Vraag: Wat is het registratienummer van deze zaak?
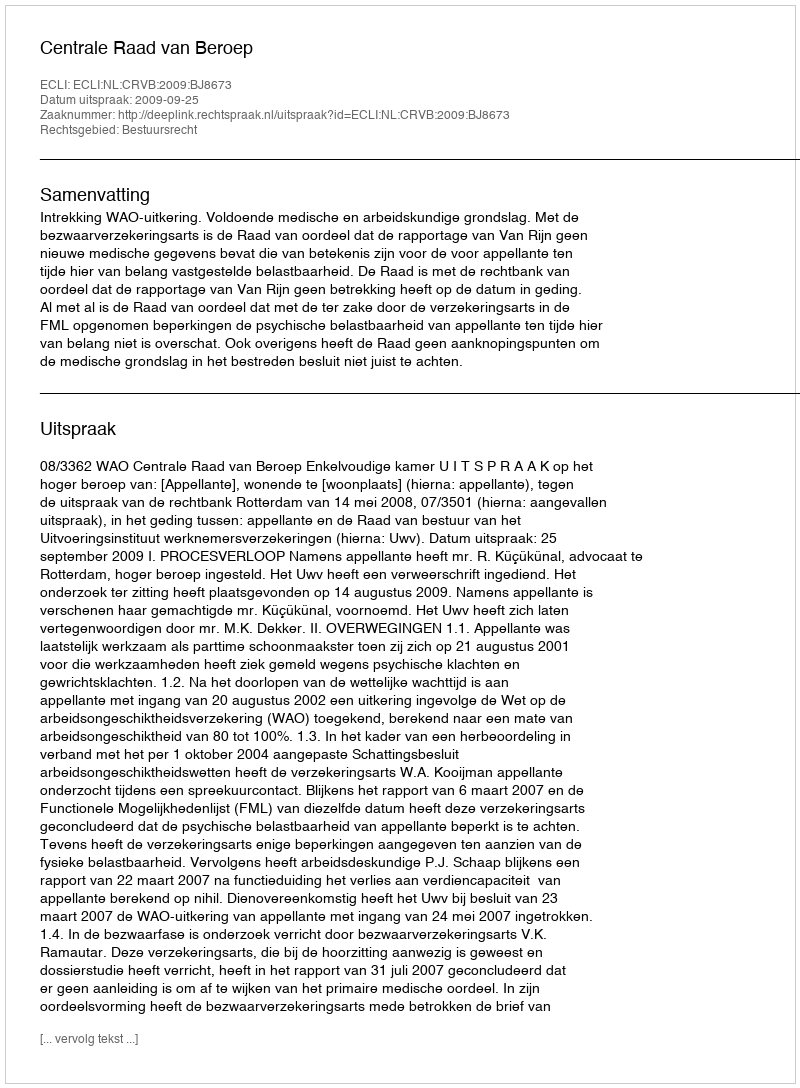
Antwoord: http://deeplink.rechtspraak.nl/uitspraak?id=ECLI:NL:CRVB:2009:BJ8673